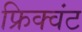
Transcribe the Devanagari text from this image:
फ्रिक्वंट